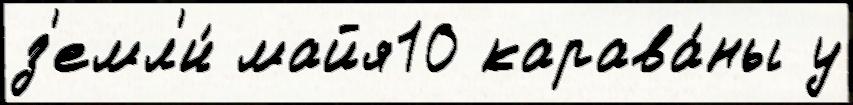
з'емл'и́ майя10 карава́ны у